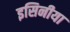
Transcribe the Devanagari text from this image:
इसिनीया